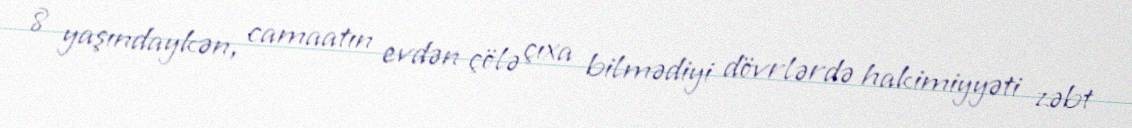
8 yaşındaykən, camaatın evdən çölə çıxa bilmədiyi dövrlərdə hakimiyyəti zəbt